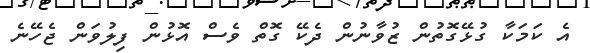
އެ ކަމަކާ ގުޅޭގޮތުން ޒުވާނުން ދެކޭ ގޮތް ވެސް އޮޅުން ފިލުވަން ޖެހޭނެ